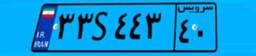
۳۳S۴۴۳۴۰